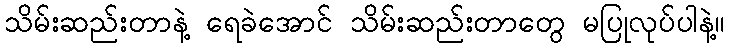
သိမ်းဆည်းတာနဲ့ ရေခဲအောင် သိမ်းဆည်းတာတွေ မပြုလုပ်ပါနဲ့။